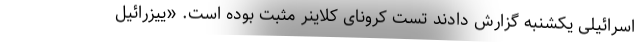
اسرائیلی یکشنبه گزارش دادند تست کرونای کلاینر مثبت بوده است. «ییزرائیل